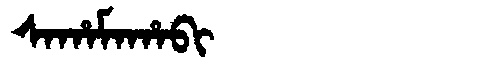
Manchu: ᠰᠠᡥᠠᠮᠠᡥᠠᠪᡳ
Romanization: SAHAMAHABI